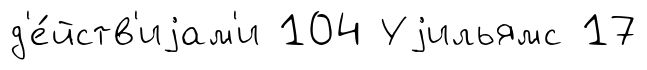
д'е́йств'иjам'и 104 Уjильямс 17